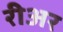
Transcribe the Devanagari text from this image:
रीअर